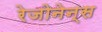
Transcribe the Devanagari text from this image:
रेजोनेन्स